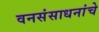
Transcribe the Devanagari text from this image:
वनसंसाधनांचे